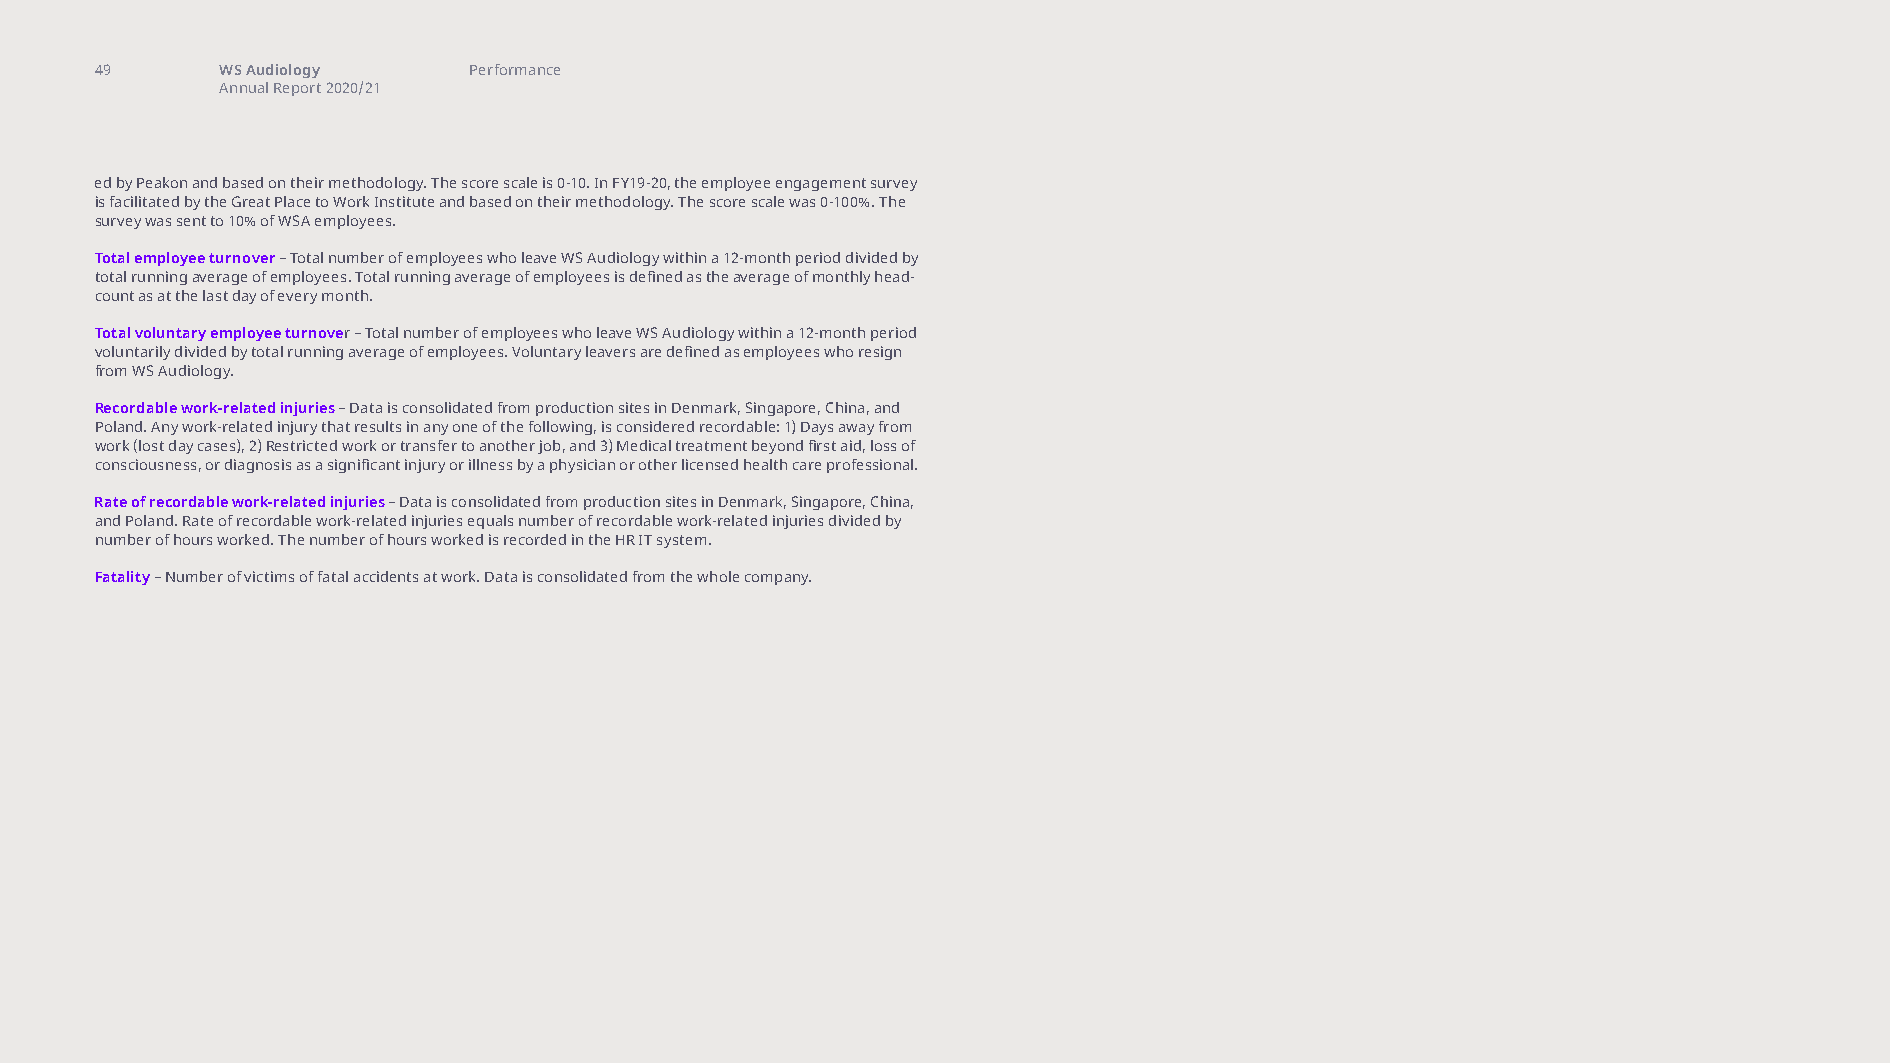
49       WS Audiology    Performance
 Annual Report 2020/21
 ed by Peakon and based on their methodology. The score scale is 0-10. In FY19-20, the employee engagement survey
 is facilitated by the Great Place to Work Institute and based on their methodology. The score scale was 0-100%. The
 survey was sent to 10% of WSA employees.
 Total employee turnover – Total number of employees who leave WS Audiology within a 12-month period divided by
 total running average of employees. Total running average of employees is defined as the average of monthly head-
 count as at the last day of every month.
 Total voluntary employee turnover – Total number of employees who leave WS Audiology within a 12-month period
 voluntarily divided by total running average of employees. Voluntary leavers are defined as employees who resign
 from WS Audiology.
 Recordable work-related injuries – Data is consolidated from production sites in Denmark, Singapore, China, and
 Poland. Any work-related injury that results in any one of the following, is considered recordable: 1) Days away from
 work (lost day cases), 2) Restricted work or transfer to another job, and 3) Medical treatment beyond first aid, loss of
 consciousness, or diagnosis as a significant injury or illness by a physician or other licensed health care professional.
 Rate of recordable work-related injuries – Data is consolidated from production sites in Denmark, Singapore, China,
 and Poland. Rate of recordable work-related injuries equals number of recordable work-related injuries divided by
 number of hours worked. The number of hours worked is recorded in the HR IT system.
 Fatality – Number of victims of fatal accidents at work. Data is consolidated from the whole company.